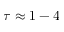
\tau \approx 1 - 4